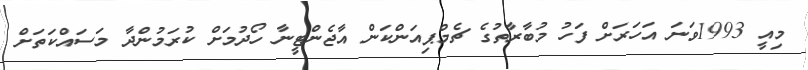
މިއީ 1993ވަނަ އަހަރަށް ފަހު މުބާރާތުގެ ޗެމްޕިއަންކަން އާޖެންޓީނާ ހޯދުމަށް ކުރަމުންދާ މަސައްކަތަށް